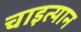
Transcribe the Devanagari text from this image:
चाइत्यान